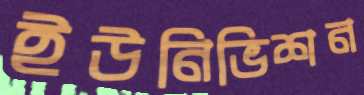
ইউনিভিশন